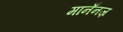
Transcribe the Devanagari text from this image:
मानॅनज़